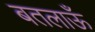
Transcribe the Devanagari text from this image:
बतलाऊँ